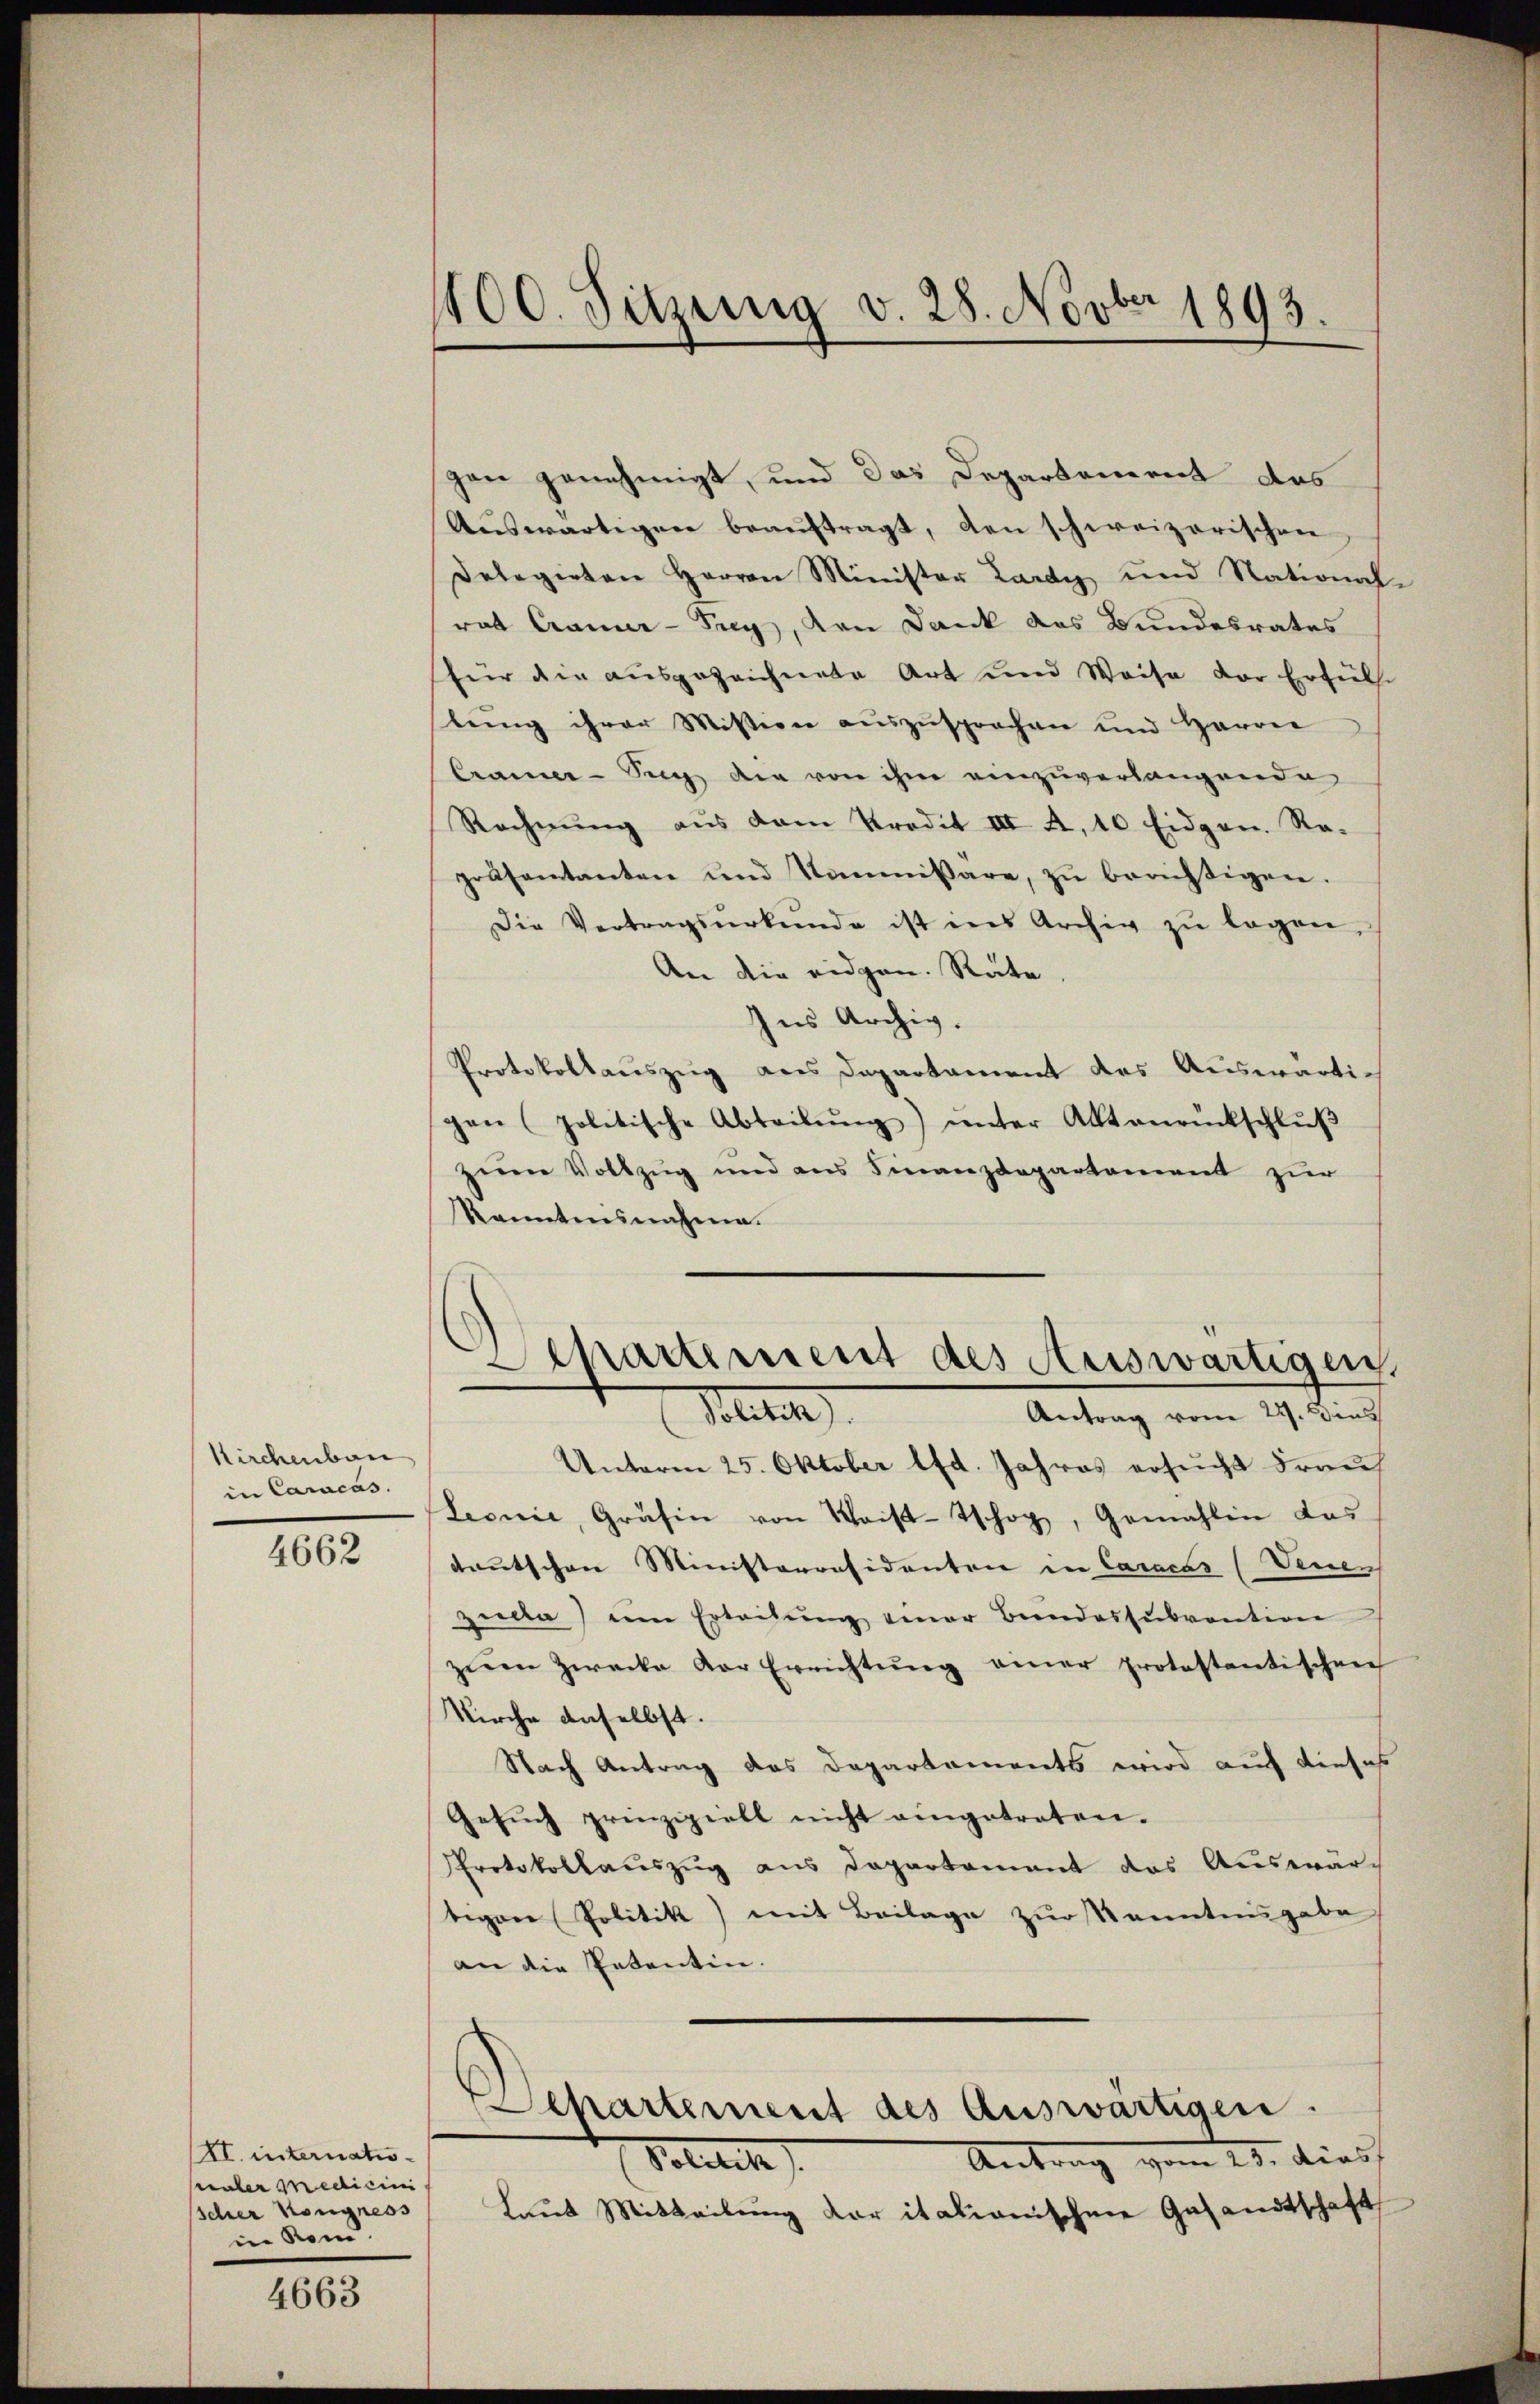
Kirchenbau
in Caracas

4662

XI. internatio
Paler Medicini
Schrer Kongress
in Rom.

4663

100. Sitzung v. 28. Novber 1893.

gen genehmigt, und das Departement das
Auswärtigen beaŭftragt, den schweizerischen
Delegirten Herrn Minister Lardy und National-
rat Cramer-Try, von Dank das Bundesrates
(für die ausgezeichnete Art und Weise der Erfüll
lŭng ihrer Mission aŭszŭsprochen und Harrer
Cramee-Sig die von ihm einzuverlangende
Rechnŭng aŭs dem Predit III A, 10 Eidgen. Re-
präsentanten und Kommissare, zŭ berichtigen.
Die Vertragsŭrkŭnde ist ins Archiv zŭ legen.
An die eidgen. Räte
Ins Archiv.
Protokollauszug aus Departament das Auswärti-
gen politische Abteilŭng ŭnter Aktenrückschlŭβ
zum Vollzug und aus Finanzdepartement zur
kanntensnahme.

Apartement des Auswärtigen.
Solit
Antrag vom 22. Dies

Unterm 25. Oktober lfd. Jahres ersucht Frauch
Leonić, Gräfin von Weist-Tschop, Gemahlen das
teutschen Ministerresidenten in Caracas (Venen
zuda) am Erteilŭng einer Bundessŭbvention
zŭm Zwecke vor Errichtŭng einer protestantischen
Kirche anselbst.
Nach Antrag das Departements wird auf dieses
Gesŭch prinzipiell nicht eingetreten.
Protokollauszug aus Departement das Auswärtigen Politik) mit Beilage zur kanntensgabe
an die Petentin.
Departement des Auswärtigen.
Antrag vom 23. diesf
Politik
Laut Mitteilung der italionischen Gesandtschaft